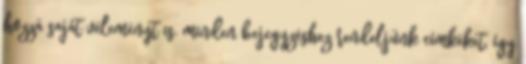
hozzá saját véleményt is. minden bejegyzéshez rendeljünk címkéket, így